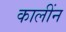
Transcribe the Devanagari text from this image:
कालींन